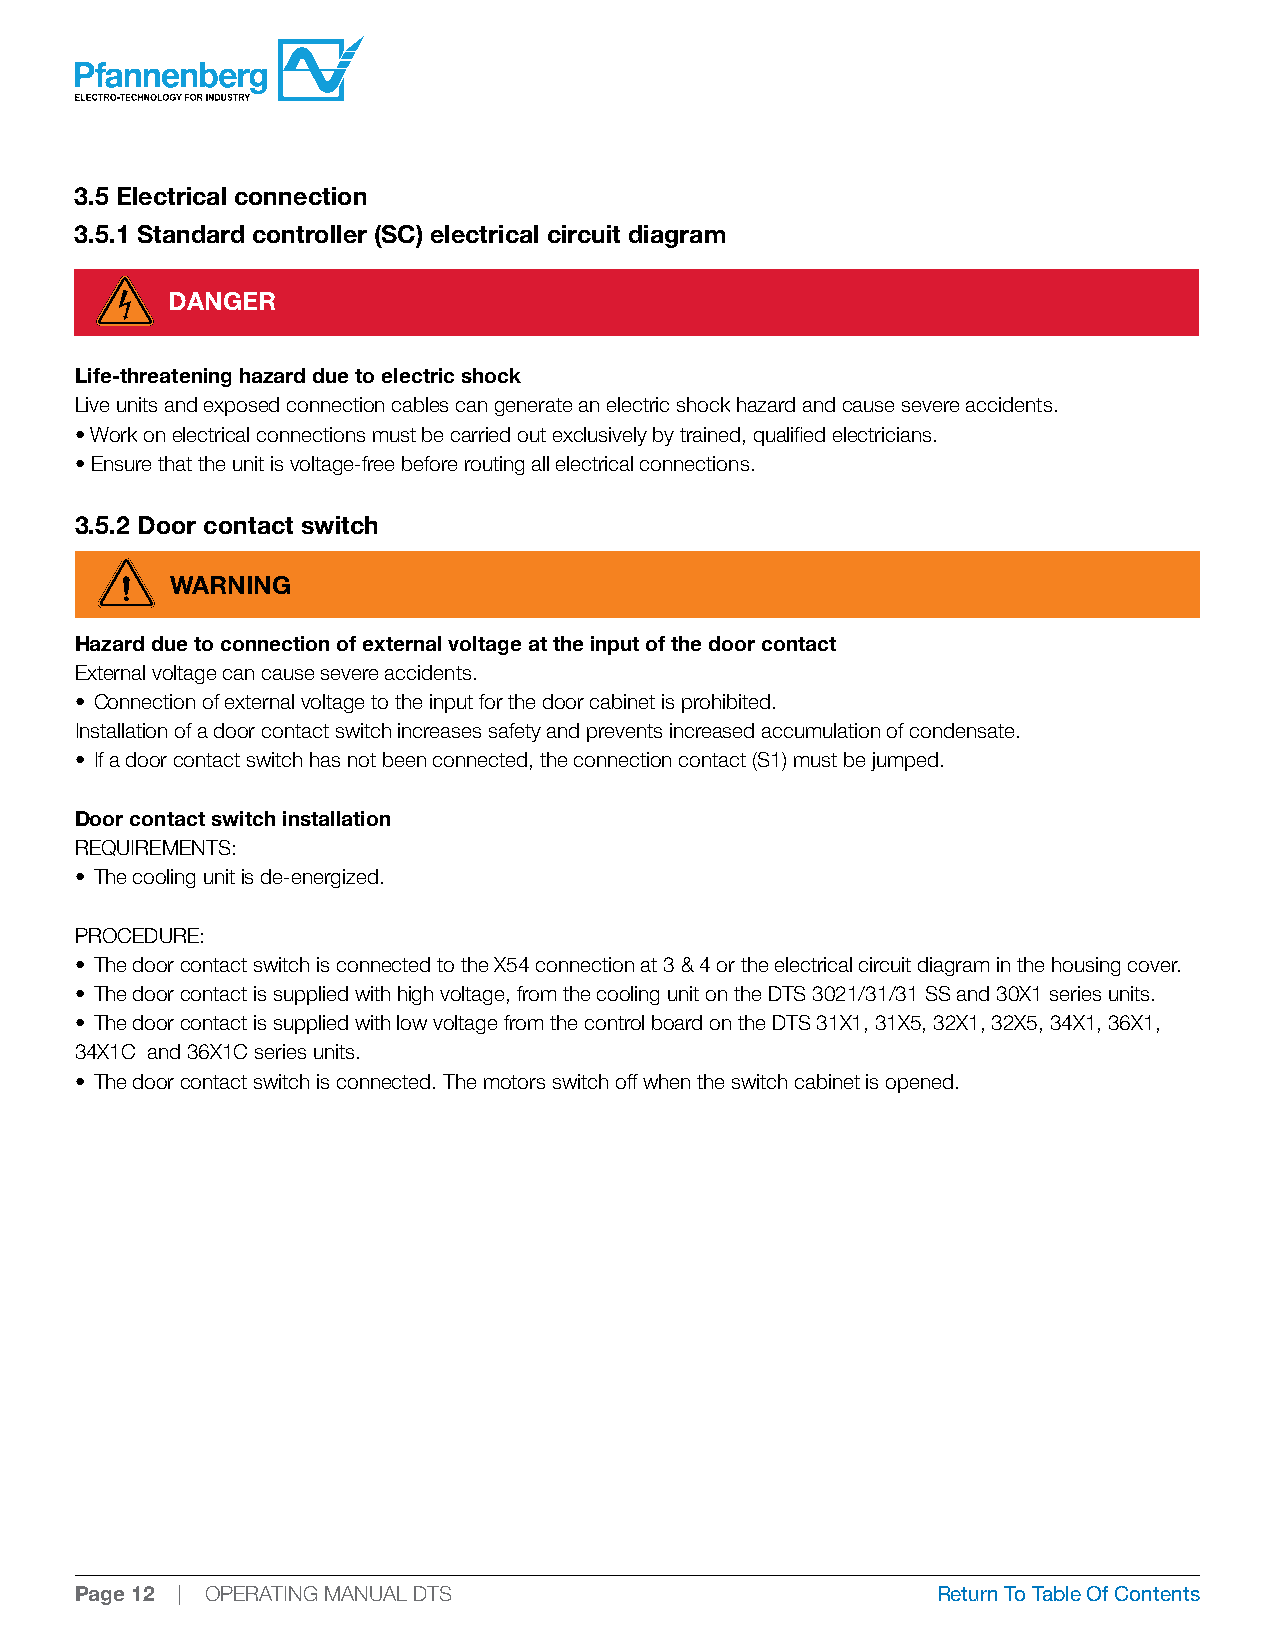
3.5 Electrical connection
 3.5.1 Standard controller (SC) electrical circuit diagram
 DANGER
 Life-threatening hazard due to electric shock
 Live units and exposed connection cables can generate an electric shock hazard and cause severe accidents.
 • Work on electrical connections must be carried out exclusively by trained, qualified electricians.
 • Ensure that the unit is voltage-free before routing all electrical connections.
 3.5.2 Door contact switch
 WARNING
 Hazard due to connection of external voltage at the input of the door contact
 External voltage can cause severe accidents.
 • Connection of external voltage to the input for the door cabinet is prohibited.
 Installation of a door contact switch increases safety and prevents increased accumulation of condensate.
 • If a door contact switch has not been connected, the connection contact (S1) must be jumped.
 Door contact switch installation
 REQUIREMENTS:
 • The cooling unit is de-energized.
 PROCEDURE:
 • The door contact switch is connected to the X54 connection at 3 & 4 or the electrical circuit diagram in the housing cover.
 • The door contact is supplied with high voltage, from the cooling unit on the DTS 3021/31/31 SS and 30X1 series units.
 • The door contact is supplied with low voltage from the control board on the DTS 31X1, 31X5, 32X1, 32X5, 34X1, 36X1,
 34X1C and 36X1C series units.
 • The door contact switch is connected. The motors switch off when the switch cabinet is opened.
 Page 12 | OPERATING MANUAL DTS                           Return To Table Of Contents